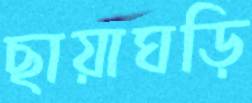
ছায়াঘড়ি